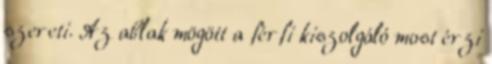
szereti. Az ablak mögött a férfi kiszolgáló most érzi